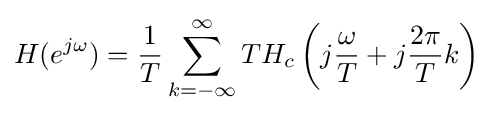
H(e^{j\omega })={\frac {1}{T}}\sum _{k=-\infty }^{\infty }{TH_{c}\left(j{\frac {\omega }{T}}+j{\frac {2{\pi }}{T}}k\right)}